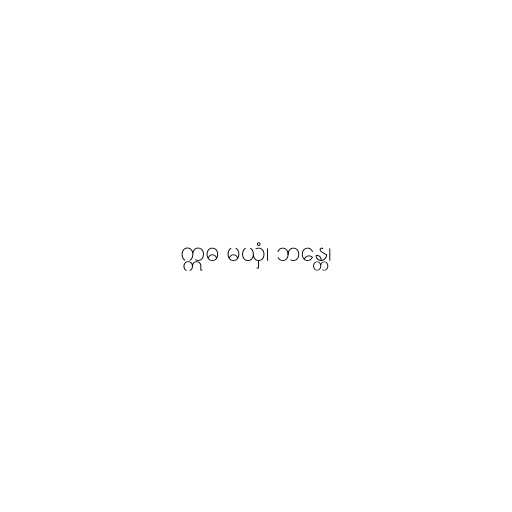
ဣဓ မယှံ၊ ဘန္တေ၊